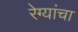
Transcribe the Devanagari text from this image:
रेग्यांचा